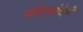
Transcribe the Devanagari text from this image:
पर्यटकांचेही